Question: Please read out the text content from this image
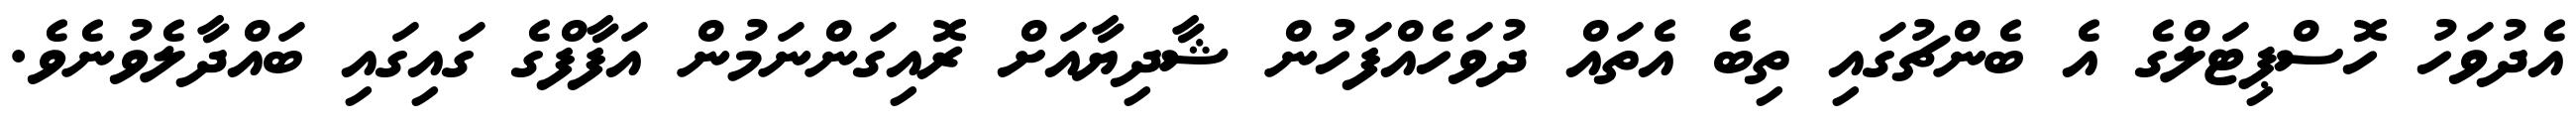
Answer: އެދުވަހު ހޮސްޕިޓަލްގެ އެ ބެންޗުގައި ތިބެ އެތައް ދުވަހެއްފަހުން ޝާދިޔާއަށް ރޮއިގަންނަމުން އަފާފްގެ ގައިގައި ބައްދާލެވުނެވެ.